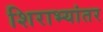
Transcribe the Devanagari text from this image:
शिराभ्यांतर